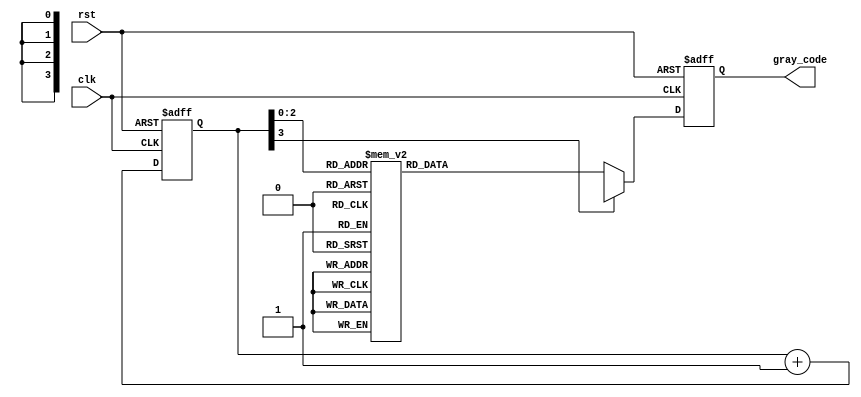
module gray_counter_clock_divider (
    input wire clk,             // input clock signal
    input wire rst,             // reset signal
    output reg [3:0] gray_code  // output Gray code sequence
);

reg [3:0] counter;             // counter to keep track of current count

always @(posedge clk or posedge rst) begin
    if (rst) begin
        counter <= 0;          // reset counter to 0
        gray_code <= 4'b0000;  // reset Gray code output
    end else begin
        counter <= counter + 1;    // increment counter on each clock cycle
        
        // Gray code generation logic
        case(counter)
            0: gray_code <= 4'b0000;
            1: gray_code <= 4'b0001;
            2: gray_code <= 4'b0011;
            3: gray_code <= 4'b0010;
            4: gray_code <= 4'b0110;
            5: gray_code <= 4'b0111;
            6: gray_code <= 4'b0101;
            7: gray_code <= 4'b0100;
            default: gray_code <= 4'bxxxx; // default value in case of an error
        endcase
    end
end

endmodule